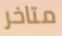
متاخر